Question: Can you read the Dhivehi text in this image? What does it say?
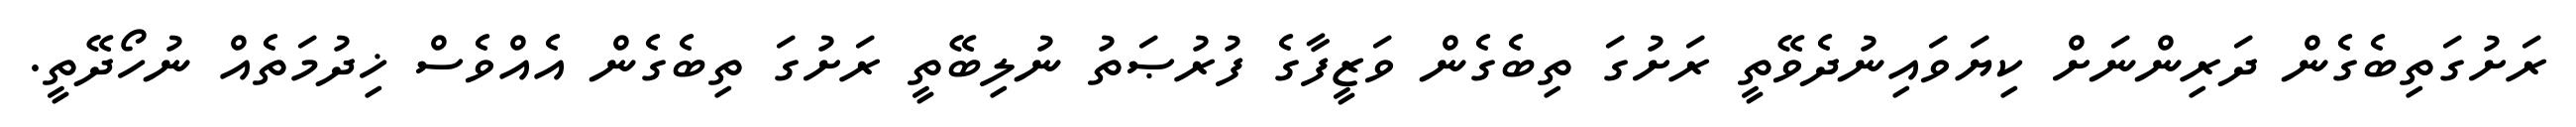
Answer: ރަށުގަތިބެގެން ދަރިންނަށް ކިޔަވައިނުދެވޭތީ ރަށުގަ ތިބެގެން ވަޒީފާގެ ފުރުޞަތު ނުލިބޭތީ ރަށުގަ ތިބެގެން އެއްވެސް ޚިދުމަތެއް ނުހޯދޭތީ.